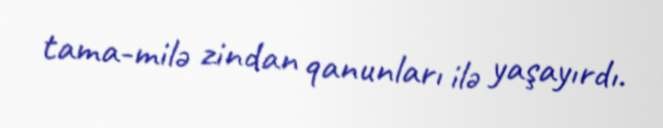
tama­milə zindan qanunları ilə yaşayırdı.